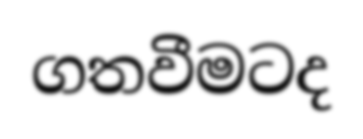
ගතවීමටද